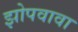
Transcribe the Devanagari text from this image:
झोपवावा